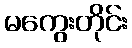
မကွေးတိုင်း